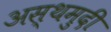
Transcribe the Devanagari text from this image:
अस्थमुदी